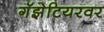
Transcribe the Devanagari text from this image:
गॅझेटियरवर